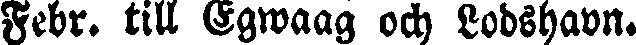
Febr. till Egwaag och Lodshavn.